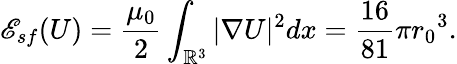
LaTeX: {\mathscr E}_{sf}(U)=\frac{\mu_{0}}{2}\int_{{\mathbb R}^{3}}|\nabla U|^{2}dx=\frac{16}{81}\pi{r_{0}}^{3}.